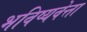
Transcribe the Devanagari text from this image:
भविष्यवेत्ता